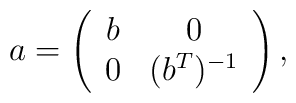
a = \left( \begin{array}{cc}b & 0 \\0 & (b^T)^{-1}\end{array} \right),